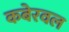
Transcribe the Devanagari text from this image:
कबेरवल